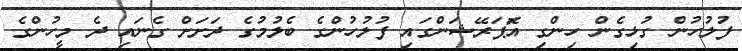
ފުލުހުން ގުޅިގެން ހިންގި އޮަޕަރޭޝަންގައި ފުލުހުންގެ ބެލުމުގެ ދަށަށް ގެނައި ދެ މީހުންގެ